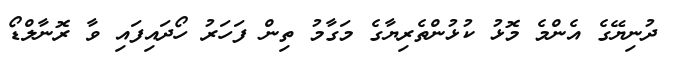
ދުނިޔޭގެ އެންމެ މޮޅު ކުޅުންތެރިޔާގެ މަގާމު ތިން ފަހަރު ހޯދައިފައި ވާ ރޮނާލްޑޯ